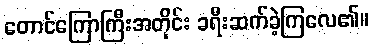
တောင်ကြောကြီးအတိုင်း ခရီးဆက်ခဲ့ကြလေ၏။